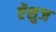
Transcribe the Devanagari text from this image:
ऐंशुज